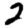
Digit: 2